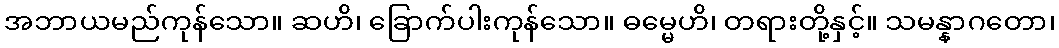
အဘာယမည်ကုန်သော။ ဆဟိ၊ ခြောက်ပါးကုန်သော။ ဓမ္မေဟိ၊ တရားတို့နှင့်။ သမန္နာဂတော၊